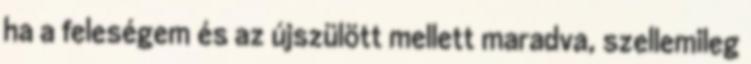
ha a feleségem és az újszülött mellett maradva, szellemileg